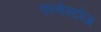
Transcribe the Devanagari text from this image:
एस्बेस्टोज